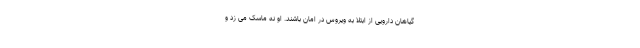
گیاهان دارویی از ابتلا به ویروس در امان باشند. او نه ماسک می زد و